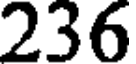
236